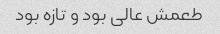
طعمش عالی بود و تازه بود